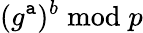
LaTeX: (g^{\mathtt{a}})^{b}{\bmod{p}}